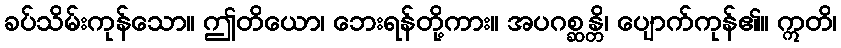
ခပ်သိမ်းကုန်သော။ ဤတိယော၊ ဘေးရန်တို့ကား။ အပဂစ္ဆန္တိ၊ ပျောက်ကုန်၏။ ဣတိ၊